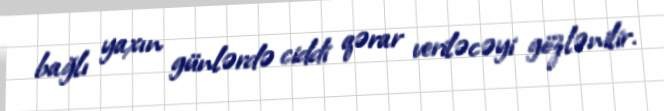
bağlı yaxın günlərdə ciddi qərar veriləcəyi gözlənilir.